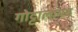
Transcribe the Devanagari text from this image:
गोट्टालायब